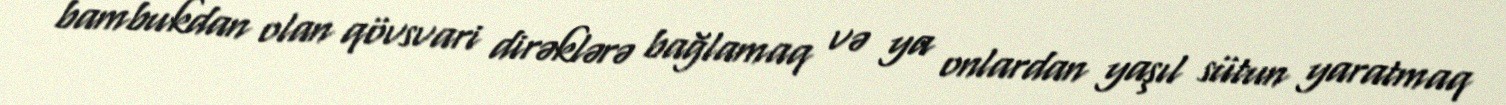
bambukdan olan qövsvari dirəklərə bağlamaq və ya onlardan yaşıl sütun yaratmaq